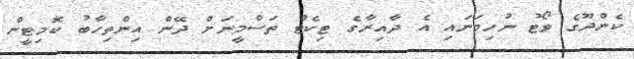
ކެންދޫގެ ވޯޓު ނުހިމަނައި އެ ދާއިރާގެ ޓިކެޓް ތަސްމީނަށް ދޭން އިންތިހާބު ކޮމިޓީން